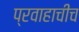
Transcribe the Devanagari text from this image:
प्रवाहाचीच